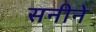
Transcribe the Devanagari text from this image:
सनीने